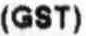
(GST)